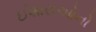
ઈશારાઓનો